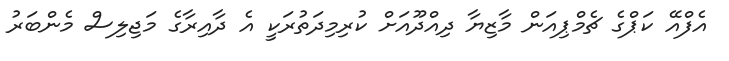
އެފްއޭ ކަޕްގެ ޗެމްޕިއަން މާޒިޔާ ދިއްދޫއަށް ކުރިމިދަތުރަކީ އެ ދާއިރާގެ މަޖިލިސް މެންބަރު